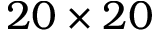
2 0 \times 2 0